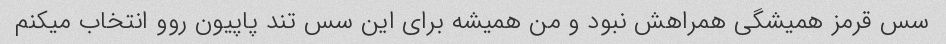
سس قرمز همیشگی همراهش نبود و من همیشه برای این سس تند پاپیون روو انتخاب میکنم